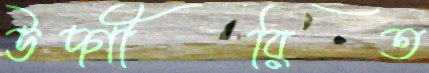
উদ্গীরিত